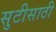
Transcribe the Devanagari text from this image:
सुटीसाठी